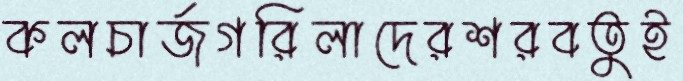
কলচার্জগরিলাদেরশরবতুই